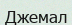
Джемал